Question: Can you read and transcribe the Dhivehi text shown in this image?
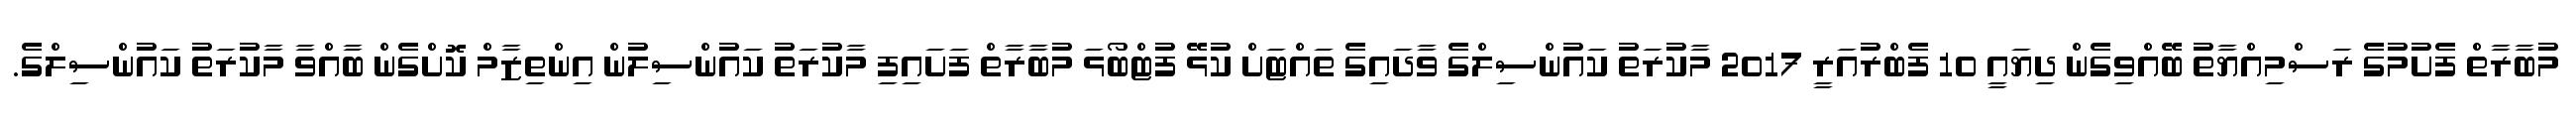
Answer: މުބާރާތް ފެށުމުގެ ރަސްމިއްޔާތު ބޭއްވިގެން ދިޔައީ 10 ފެބްރުއަރީ 2017 މާކުރަތު ކައުންސިލްގެ ވާދައިގެ ތައްޓަށް ކުޅޭ ފުޓްބޯޅަ މުބާރާތް ފަށައިފި މާކުރަތު ކައުންސިލުން އިންތިޒާމް ކޮށްގެން ބާއްވާ މާކުރަތު ކައުންސިލްގެ.